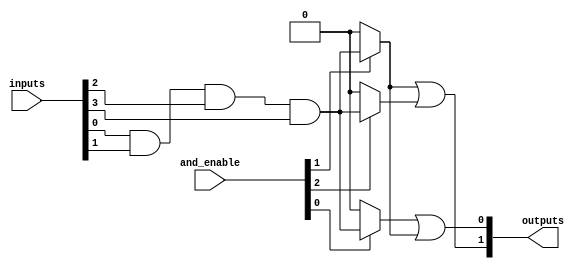
module SPAL #(
    parameter NUM_INPUTS = 8,      // Number of input signals
    parameter NUM_AND_GATES = 4,    // Number of programmable AND gates
    parameter NUM_OR_GATES = 2       // Number of fixed OR gates
)(
    input wire [NUM_INPUTS-1:0] inputs, // Input signals
    input wire [NUM_AND_GATES-1:0] and_enable, // Control signals for AND gates
    output wire [NUM_OR_GATES-1:0] outputs // Output signals
);

// Programmable AND array
wire [NUM_AND_GATES-1:0] and_outputs [NUM_INPUTS-1:0];

// Generate AND gates
genvar i, j;
generate
    for (i = 0; i < NUM_AND_GATES; i = i + 1) begin : and_gate
        assign and_outputs[i] = (and_enable[i]) ? (inputs[0] & inputs[1] & inputs[2] & inputs[3]) : 1'b0; // Example: AND of first 4 inputs
    end
endgenerate

// Fixed OR array
wire [NUM_OR_GATES-1:0] or_outputs;

// Generate OR gates
generate
    for (j = 0; j < NUM_OR_GATES; j = j + 1) begin : or_gate
        assign or_outputs[j] = and_outputs[j] | and_outputs[j + 1]; // Example: OR of two AND outputs
    end
endgenerate

// Assign final outputs
assign outputs = or_outputs;

endmodule